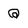
Character: Q